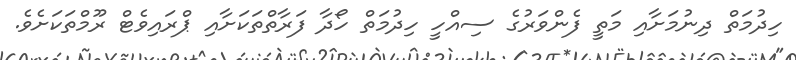
ހިދުމަތް ދިނުމަށާއި މަތީ ފެންވަރުގެ ސިއްހީ ހިދުމަތް ހޯދާ ފަރާތްތަކަށާއި ޕްރައިވެޓް ރޫމްތަކަށެވެ.